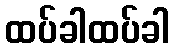
ထပ်ခါထပ်ခါ